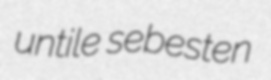
untile sebesten